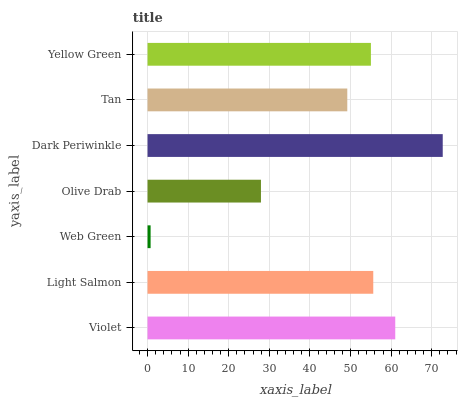
| yaxis_label | bars |
 | --- | --- |
 | Violet | 61 |
 | Light Salmon | 55.6 |
 | Web Green | 0.755 |
 | Olive Drab | 27.9 |
 | Dark Periwinkle | 72.7 |
 | Tan | 49.2 |
 | Yellow Green | 55 |